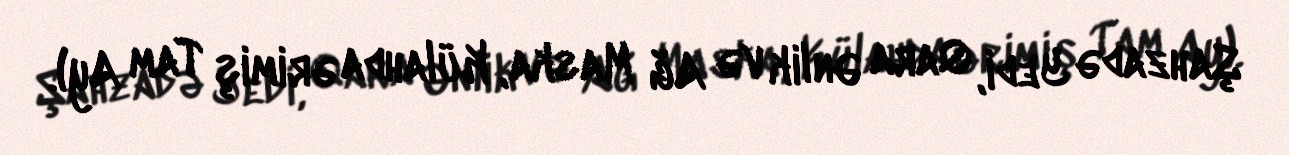
Şahzadə Yedi, Qara Ənlik və Ağ Maska, Külahda ərimiş Tam Ay).